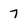
Character: 7